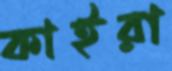
কাইরা